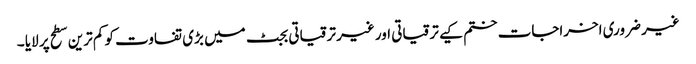
غیر ضروری اخراجات ختم کیے ترقیاتی اور غیر ترقیاتی بجٹ میں بڑی تفاوت کو کم ترین سطح پر لایا ۔